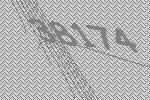
38174